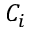
C _ { i }